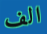
الف